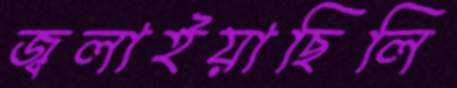
জ্বলাইয়াছিলি